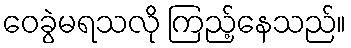
ဝေခွဲမရသလို ကြည့်နေသည်။